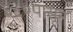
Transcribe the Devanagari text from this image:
६८०पासून